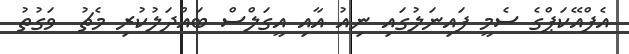
އެފްއޭކަޕްގެ ސެމީ ފައިނަލުގައި ނިއު އާއި އީގަލްސް ބައްދަލުކުރި މެޗު  ވަގުތު